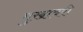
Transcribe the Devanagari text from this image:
मुखावरी